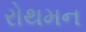
રોથમન